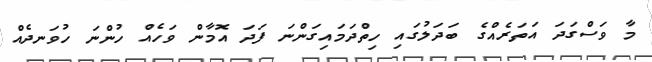
މާ ވަސްގަދަ އަތަރެއްގެ ބަދަލުގައި ހިތްދަމައިގަންނަ ފަދަ އޮމާން ވަހެއް ހުންނަ ހުވަނދެއް